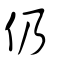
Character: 仍